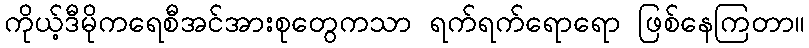
ကိုယ့်ဒီမိုကရေစီအင်အားစုတွေကသာ ရက်ရက်ရောရော ဖြစ်နေကြတာ။